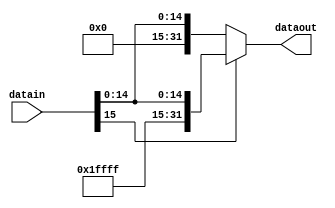
module SE16(datain, dataout);
	
	input[15:0] datain;
	output reg[31:0] dataout;
	
	always@(*)
	begin
		if(datain[15])
			dataout = {{16{1'b1}},datain};
		else
			dataout = {{16{1'b0}},datain};
	end
	
endmodule